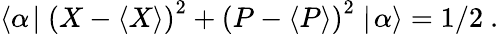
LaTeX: \langle\alpha\! \mid\left({X}-\langle X\rangle\right)^{2}+\left({P}-\langle P\rangle\right)^{2}\mid\! \alpha\rangle=1/2~.